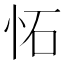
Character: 𫹺